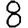
Digit: 8